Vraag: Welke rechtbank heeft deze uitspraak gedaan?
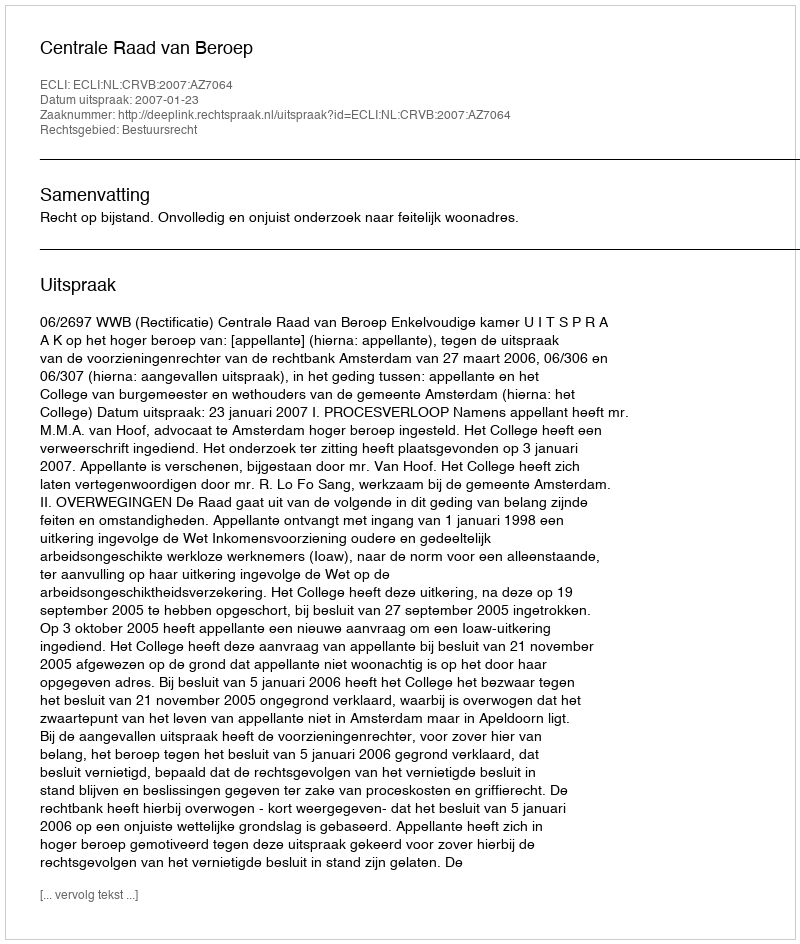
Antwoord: Centrale Raad van Beroep